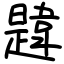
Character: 韙